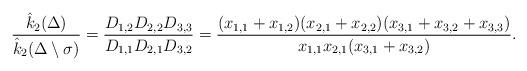
LaTeX: \begin{align*}\dfrac{\hat{k}_2{(\Delta)}}{\hat{k}_2(\Delta\setminus\sigma)}= \dfrac{D_{1,2}D_{2,2}D_{3,3}}{D_{1,1}D_{2,1}D_{3,2}}=\dfrac{(x_{1,1}+x_{1,2})(x_{2,1}+x_{2,2})(x_{3,1}+x_{3,2}+x_{3,3})}{x_{1,1}x_{2,1}(x_{3,1}+x_{3,2})}.\end{align*}